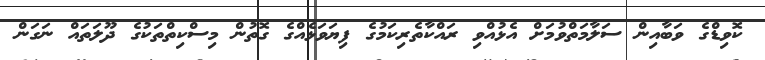
ކޮވިޑްގެ ވަބާއިން ސަލާމަތްވުމަށް އެޅުއްވި ރައްކާތެރިކަމުގެ ފިޔަވަޅެއްގެ ގޮތުން މިސްކިތްތަކުގެ ދޫލަތައް ނަގަން